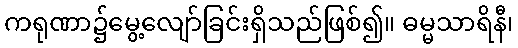
ကရုဏာ၌မွေ့လျော်ခြင်းရှိသည်ဖြစ်၍။ ဓမ္မသာရိနီ၊